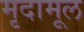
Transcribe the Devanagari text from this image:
मृदामूल